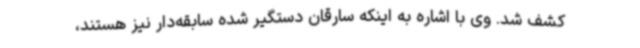
کشف شد. وی با اشاره به اینکه سارقان دستگیر شده سابقه‌دار نیز هستند،